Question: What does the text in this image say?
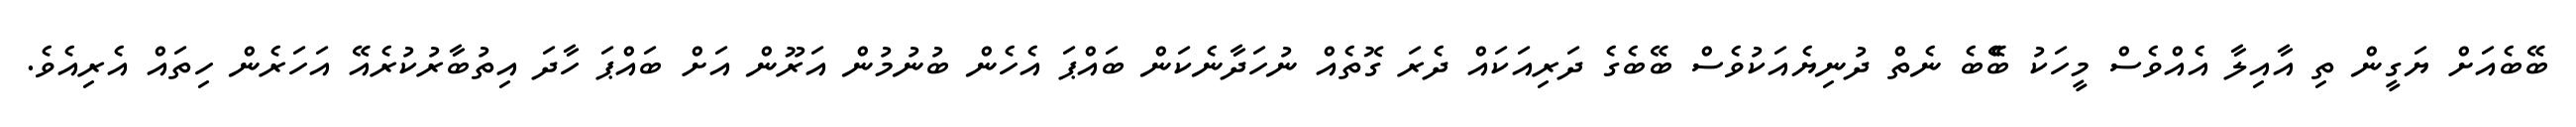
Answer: ބޭބެއަށް ޔަގީން ތި އާއިލާ އެއްވެސް މީހަކު ބޭެބެ ނެތް ދުނިޔެއަކުވެސް ބޭބެގެ ދަރިއަކައް ދެރަ ގޮތެއް ނުހަދާނެކަން ބައްޕަ އެހެން ބުނުމުން އަރޫން އަށް ބައްޕަ ހާދަ އިތުބާރުކުރެއޭ އަހަރެން ހިތައް އެރިއެވެ.